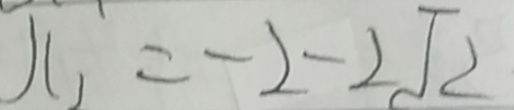
x _ { 1 } = - 2 - 2 \sqrt { 2 }